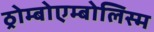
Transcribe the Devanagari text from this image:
ठ्रोम्बोएम्बोलिस्म